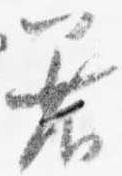
着